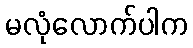
မလုံလောက်ပါက